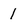
Character: 1